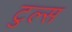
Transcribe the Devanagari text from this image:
टुल्स